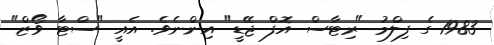
1983 ގެ ފިލްމު "ރިޓާސް އޮފް ޖޭޑީ" އިންނެވެ. އެއީ "ސްޓާ ވޯޒް"